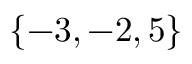
\{ - 3 , - 2 , 5 \}